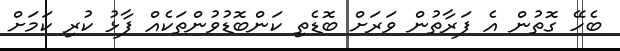
ބެހޭ ގޮތުން އެ ފަރާތުން ވަރަށް ބޮޑެތި ކަންބޮޑުވުންތަކެއް ފާޅު ކުރި ކަމަށް